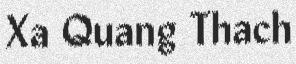
Xa Quang Thach